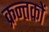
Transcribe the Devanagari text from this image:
क्रन्तकों